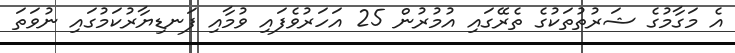
އެ މަގާމުގެ ޝަރުތުތަކުގެ ތެރޭގައި އުމުރުން 25 އަހަރުވެފައި ވުމާއި ފަނޑިޔާރުކަމުގައި ނުވަތަ